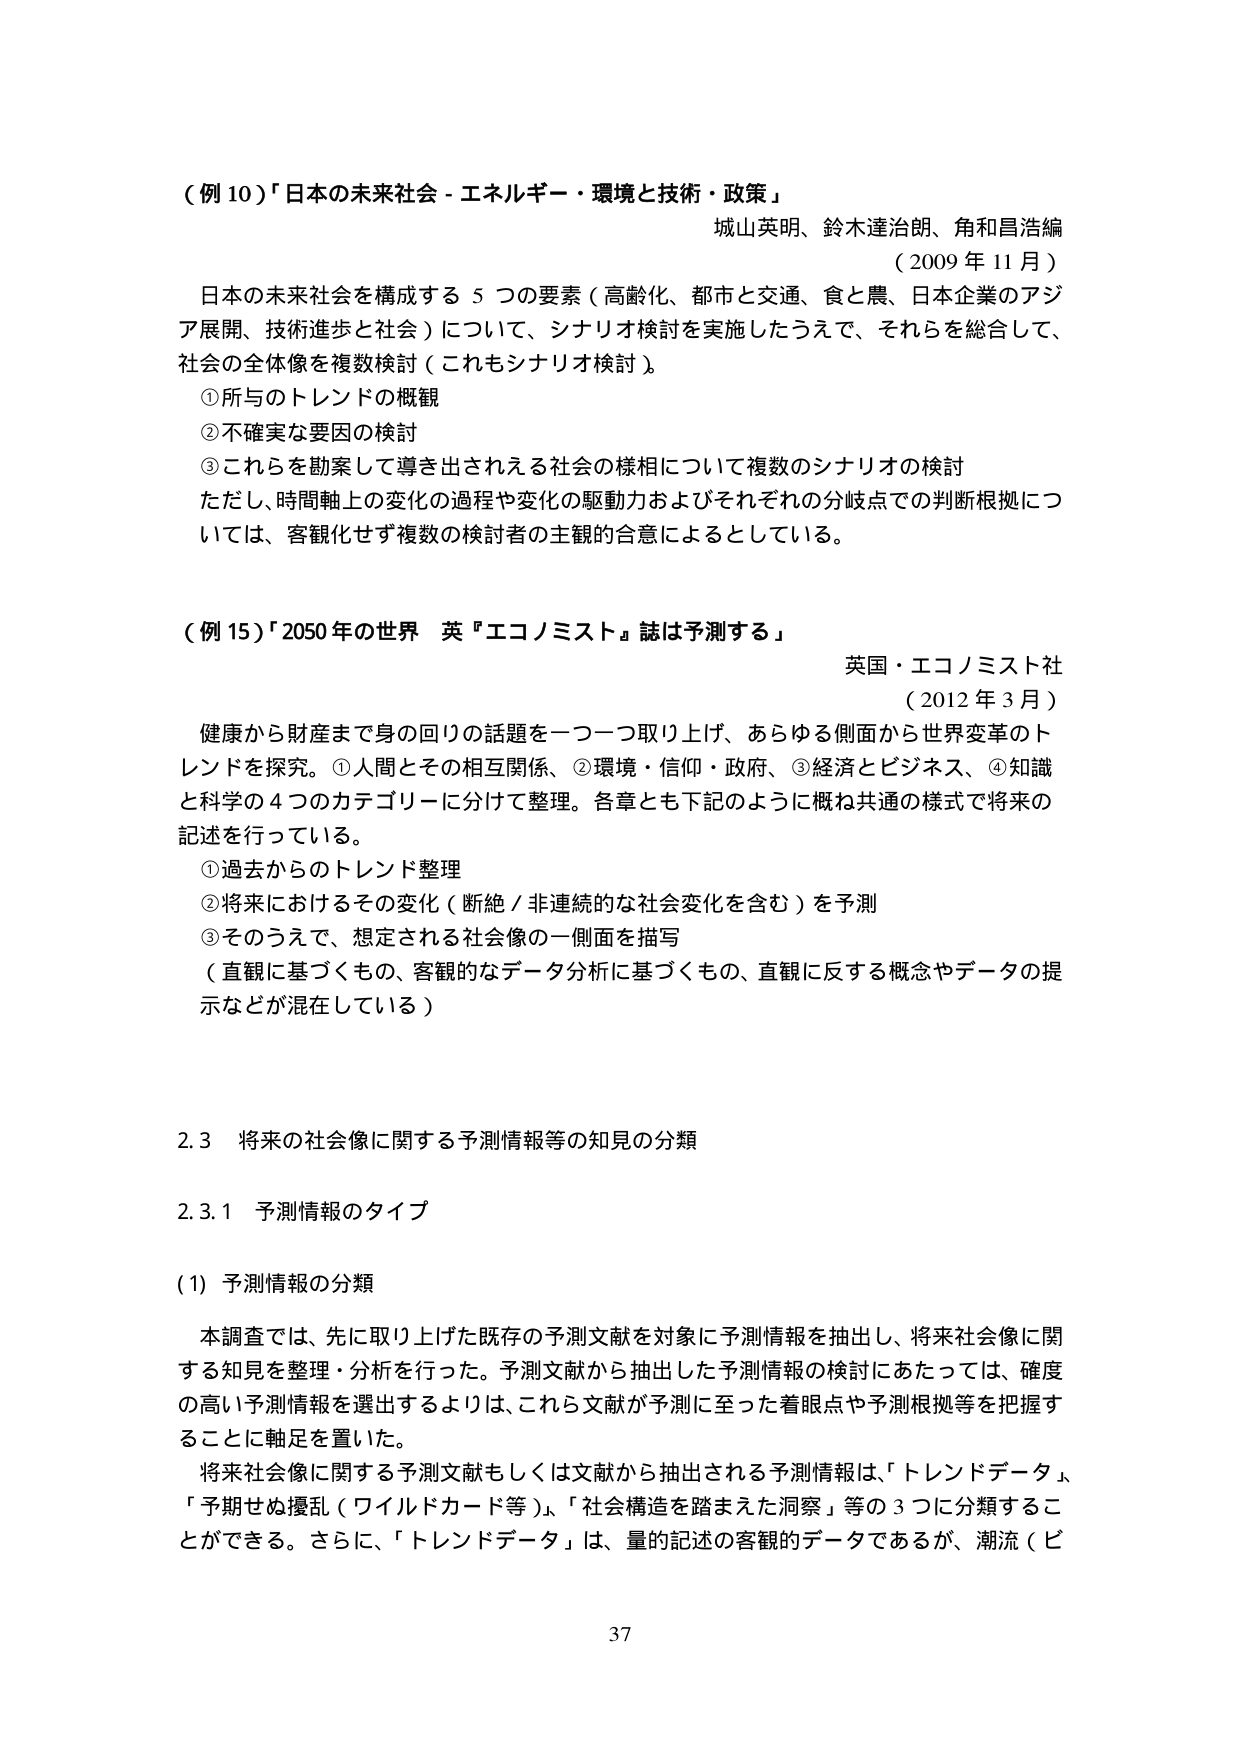
（例10）「日本の未来社会－エネルギー・環境と技術・政策」
城山英明、鈴木達治朗、角和昌浩編
（2009年11月）
日本の未来社会を構成する5つの要素（高齢化、都市と交通、食と農、日本企業のアジア展開、技術進歩と社会）について、シナリオ検討を実施したうえで、それらを総合して、社会の全体像を複数検討（これもシナリオ検討）。
①所与のトレンドの概観
②不確実な要因の検討
③これらを勘案して導き出されえる社会の様相について複数のシナリオの検討
ただし、時間軸上の変化の過程や変化の駆動力およびそれぞれの分岐点での判断根拠については、客観化せず複数の検討者の主観的合意によるとしている。

（例15）「2050年の世界 英『エコノミスト』誌は予測する」
英国・エコノミスト社
（2012年3月）
健康から財産まで身の回りの話題を一つ一つ取り上げ、あらゆる側面から世界変革のトレンドを探究。①人間とその相互関係、②環境・信仰・政府、③経済とビジネス、④知識と科学の4つのカテゴリーに分けて整理。各章とも下記のように概ね共通の様式で将来の記述を行っている。
①過去からのトレンド整理
②将来におけるその変化（断絶／非連続的な社会変化を含む）を予測
③そのうえで、想定される社会像の一側面を描写
（直観に基づくもの、客観的なデータ分析に基づくもの、直観に反する概念やデータの提示などが混在している）

2.3 将来の社会像に関する予測情報等の知見の分類

2.3.1 予測情報のタイプ

（1）予測情報の分類
本調査では、先に取り上げた既存の予測文献を対象に予測情報を抽出し、将来社会像に関する知見を整理・分析を行った。予測文献から抽出した予測情報の検討にあたっては、確度の高い予測情報を選出するよりは、これら文献が予測に至った着眼点や予測根拠等を把握することに軸足を置いた。
将来社会像に関する予測文献もしくは文献から抽出される予測情報は、「トレンドデータ」、「予期せぬ擾乱（ワイルドカード等）」、「社会構造を踏まえた洞察」等の3つに分類することができる。さらに、「トレンドデータ」は、量的記述の客観的データであるが、潮流（ビ

37